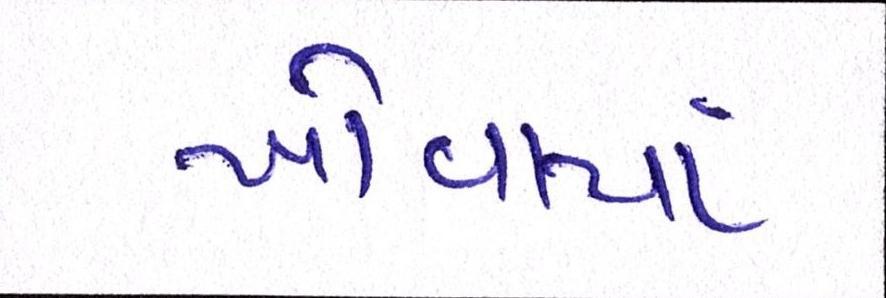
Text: ખોવાયાં